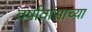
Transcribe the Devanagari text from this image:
वर्षावासाच्या